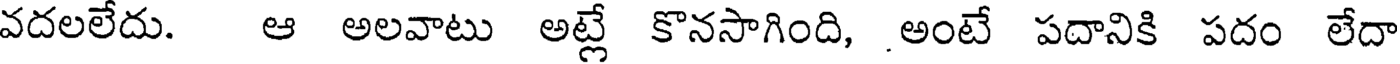
వదలలేదు. ఆ అలవాటు అట్లే కొనసాగింది, .అంటే పదానికి పదం లేదా